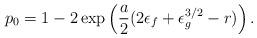
LaTeX: \begin{align*} p_0 = 1 - 2 \exp\left( \frac{a}{2} (2\epsilon_f + \epsilon_g^{3/2} - r)\right). \end{align*}